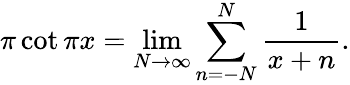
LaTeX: \pi\cot\pi x=\operatorname*{lim}_{N\to\infty}\sum_{n=-N}^{N}{\frac{1}{x+n}}.